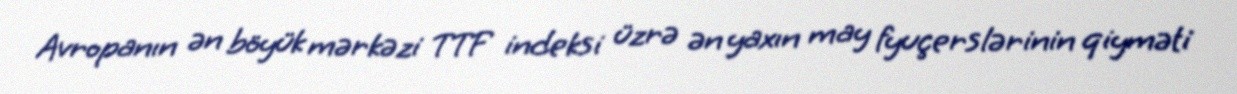
Avropanın ən böyük mərkəzi TTF indeksi üzrə ən yaxın may fyuçerslərinin qiyməti